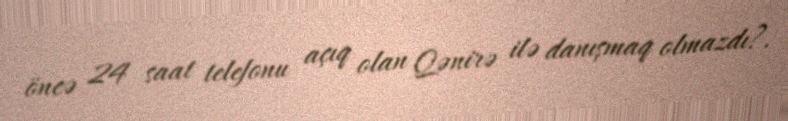
öncə 24 saat telefonu açıq olan Qənirə ilə danışmaq olmazdı?.